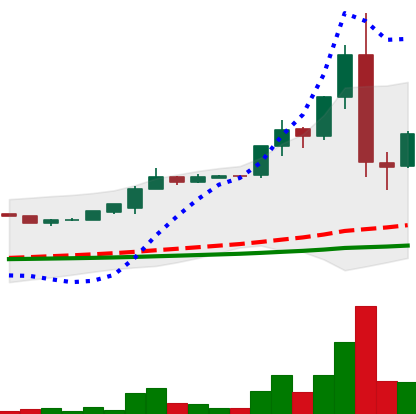
Ticker: LTC-USD
Chart end date: 2015-07-12
Forward return: -28.378%
Label: down_7plus